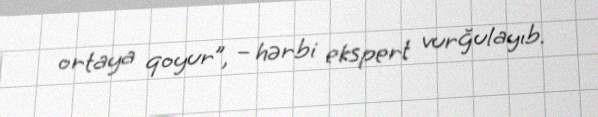
ortaya qoyur”, – hərbi ekspert vurğulayıb.